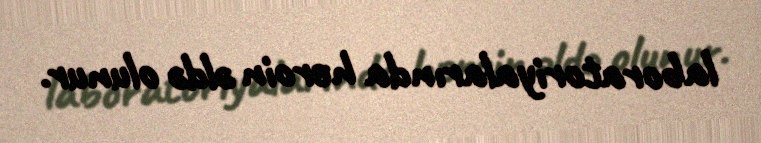
laboratoriyalarında heroin əldə olunur.